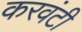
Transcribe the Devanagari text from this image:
करवंटी